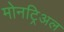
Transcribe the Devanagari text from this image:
मोनट्रिअल